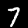
Digit: 7